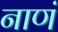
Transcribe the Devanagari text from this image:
नाणं